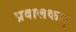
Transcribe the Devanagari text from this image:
प्रवालकम्‌